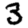
Digit: 3